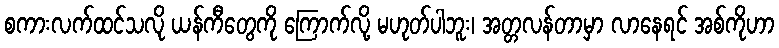
စကားလက်ထင်သလို ယန်ကီတွေကို ကြောက်လို့ မဟုတ်ပါဘူး၊ အတ္တလန်တာမှာ လာနေရင် အစ်ကိုဟာ